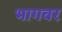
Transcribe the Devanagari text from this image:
भागवर